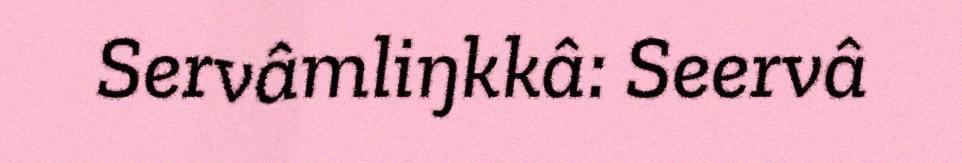
Servâmliŋkkâ: Seervâ